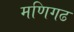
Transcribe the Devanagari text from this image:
मणिगढ